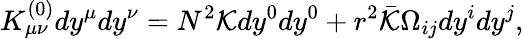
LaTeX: K_{\mu\nu}^{(0)}dy^{\mu}dy^{\nu}=N^{2}{\cal K}dy^{0}dy^{0}+r^{2}\bar{\cal K}\Omega_{ij}dy^{i}dy^{j},